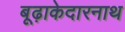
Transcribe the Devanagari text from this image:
बूढ़ाकेदारनाथ